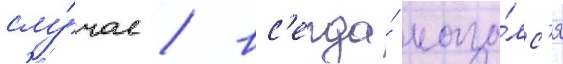
слу́чае / вс'егда́ каза́лс'я